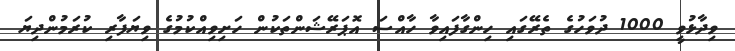
ވިދާޅުވީ 1000 ދުވަހުގެ ތެރޭގައި ހިންގާފައިވާ ހާއްސަ އޮޕަރޭޝަންތަކުން ހަށިވިއްކުމުގެ ވިޔަފާރި ކުރަމުންދިޔަ